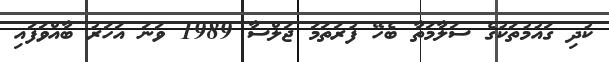
ކުދި ގައުމުތަކުގެ ސަލާމަތާ ބެހޭ ފުރަތަމަ ޖަލްސާ 1989 ވަނަ އަހަރު ބާއްވަފައި